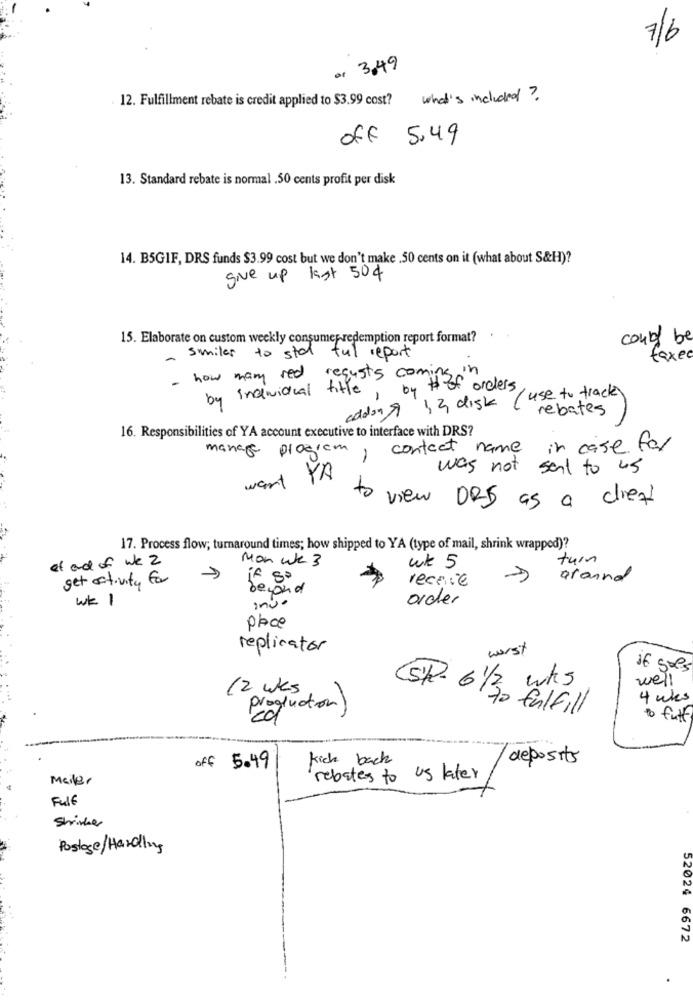
7/6
or 3,49
12. Fulfillment rebate is credit applied to $3.99 cost? what's included ?
off 5.49
13. Standard rebate is normal .50 cents profit per disk
14. B5GIF, DRS funds $3.99 cost but we don't make . 50 cents on it (what about S&H)?
give up kist 504
15. Elaborate on custom weekly consumep-redemption report format?
could be
smiles to sta ful report
faxe
how many red requests comins 'n
-
by individual title, by orders
addon A 12 disk use to track
rebates
16. Responsibilities of YA account executive to interface with DRS?
manage program
contact name
in case for
-
was not sal to us
want YA
to view DRS as a dief'
17. Process flow; turnaround times; how shipped to YA (type of mail, shrink wrapped)?
et and of we 2
Mon wke 3
turn
wk 5
get activity for
if so
receive
ground
wk 1
order
place
replicator
worst
if soes
well
12 wks
(SP- 6 1/3 wks
4 wks
production)
to fulfill
to futt
Kick back
deposits
off 5.49
Mailer
rebates to us later
FulE
Shrinker
Postage/Hardly
52024 6672